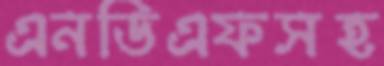
এনডিএফসহ